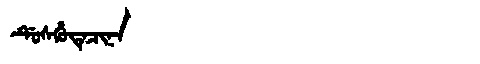
Manchu: ᡩᡠᠰᡥᡠᡨᡝᠴᡳᠨᠠ
Romanization: DUSHUTECINA